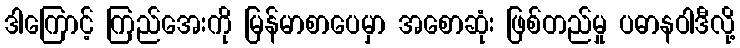
ဒါကြောင့် ကြည်အေးကို မြန်မာစာပေမှာ အစောဆုံး ဖြစ်တည်မှု ပဓာနဝါဒီလို့